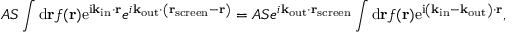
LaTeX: A S \int \mathrm { d } \mathbf { r } f ( \mathbf { r } ) \mathrm { e } ^ { \mathrm { i } \mathbf { k } _ { \mathrm { i n } } \cdot \mathbf { r } } e ^ { i \mathbf { k } _ { \mathrm { o u t } } \cdot \left( \mathbf { r } _ { \mathrm { s c r e e n } } - \mathbf { r } \right) } = A S e ^ { i \mathbf { k } _ { \mathrm { o u t } } \cdot \mathbf { r } _ { \mathrm { s c r e e n } } } \int \mathrm { d } \mathbf { r } f ( \mathbf { r } ) \mathrm { e } ^ { \mathrm { i } \left( \mathbf { k } _ { \mathrm { i n } } - \mathbf { k } _ { \mathrm { o u t } } \right) \cdot \mathbf { r } } ,